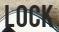
LOCK